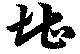
堪